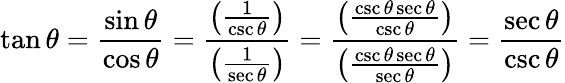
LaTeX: \tan\theta={\frac{\sin\theta}{\cos\theta}}={\frac{\left({\frac{1}{\csc\theta}}\right)}{\left({\frac{1}{\sec\theta}}\right)}}={\frac{\left({\frac{\csc\theta\sec\theta}{\csc\theta}}\right)}{\left({\frac{\csc\theta\sec\theta}{\sec\theta}}\right)}}={\frac{\sec\theta}{\csc\theta}}